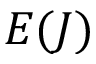
E ( J )